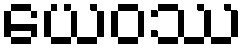
ယေဝဿ